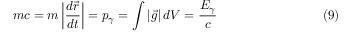
m c = m \left\vert \frac { d \vec { r } } { d t } \right\vert = p _ { \gamma } = \int | \vec { g } | \, d V = \frac { E _ { \gamma } } c \eqno ( 9 )